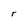
Character: g